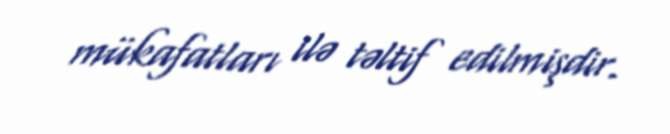
mükafatları ilə təltif edilmişdir.